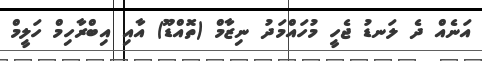
އަނެއް ދެ ލަނޑު ޖެހީ މުހައްމަދު ނިޒާމް (ތޮއްޑޫ) އާއި އިބްރާހިމް ހަލީމް